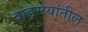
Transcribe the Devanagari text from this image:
वाङ्‍मयांतील